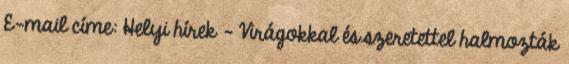
E-mail címe: Helyi hírek - Virágokkal és szeretettel halmozták